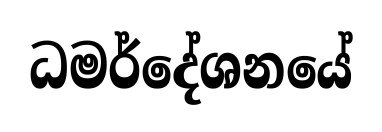
ධමර්දේශනයේ